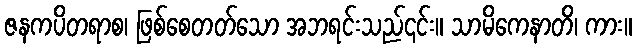
ဇနကပိတရာစ၊ ဖြစ်စေတတ်သော အဘရင်းသည်၎င်း။ သာမိကေနာတိ၊ ကား။